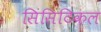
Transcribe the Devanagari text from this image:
सिंसिटिकल